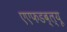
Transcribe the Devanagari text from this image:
एएफडब्ल्‍यू